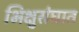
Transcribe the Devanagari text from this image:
भिक्षुसंघात